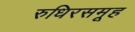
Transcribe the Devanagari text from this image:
रुधिरसमूह